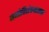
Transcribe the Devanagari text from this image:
मनोविशेषणात्मक